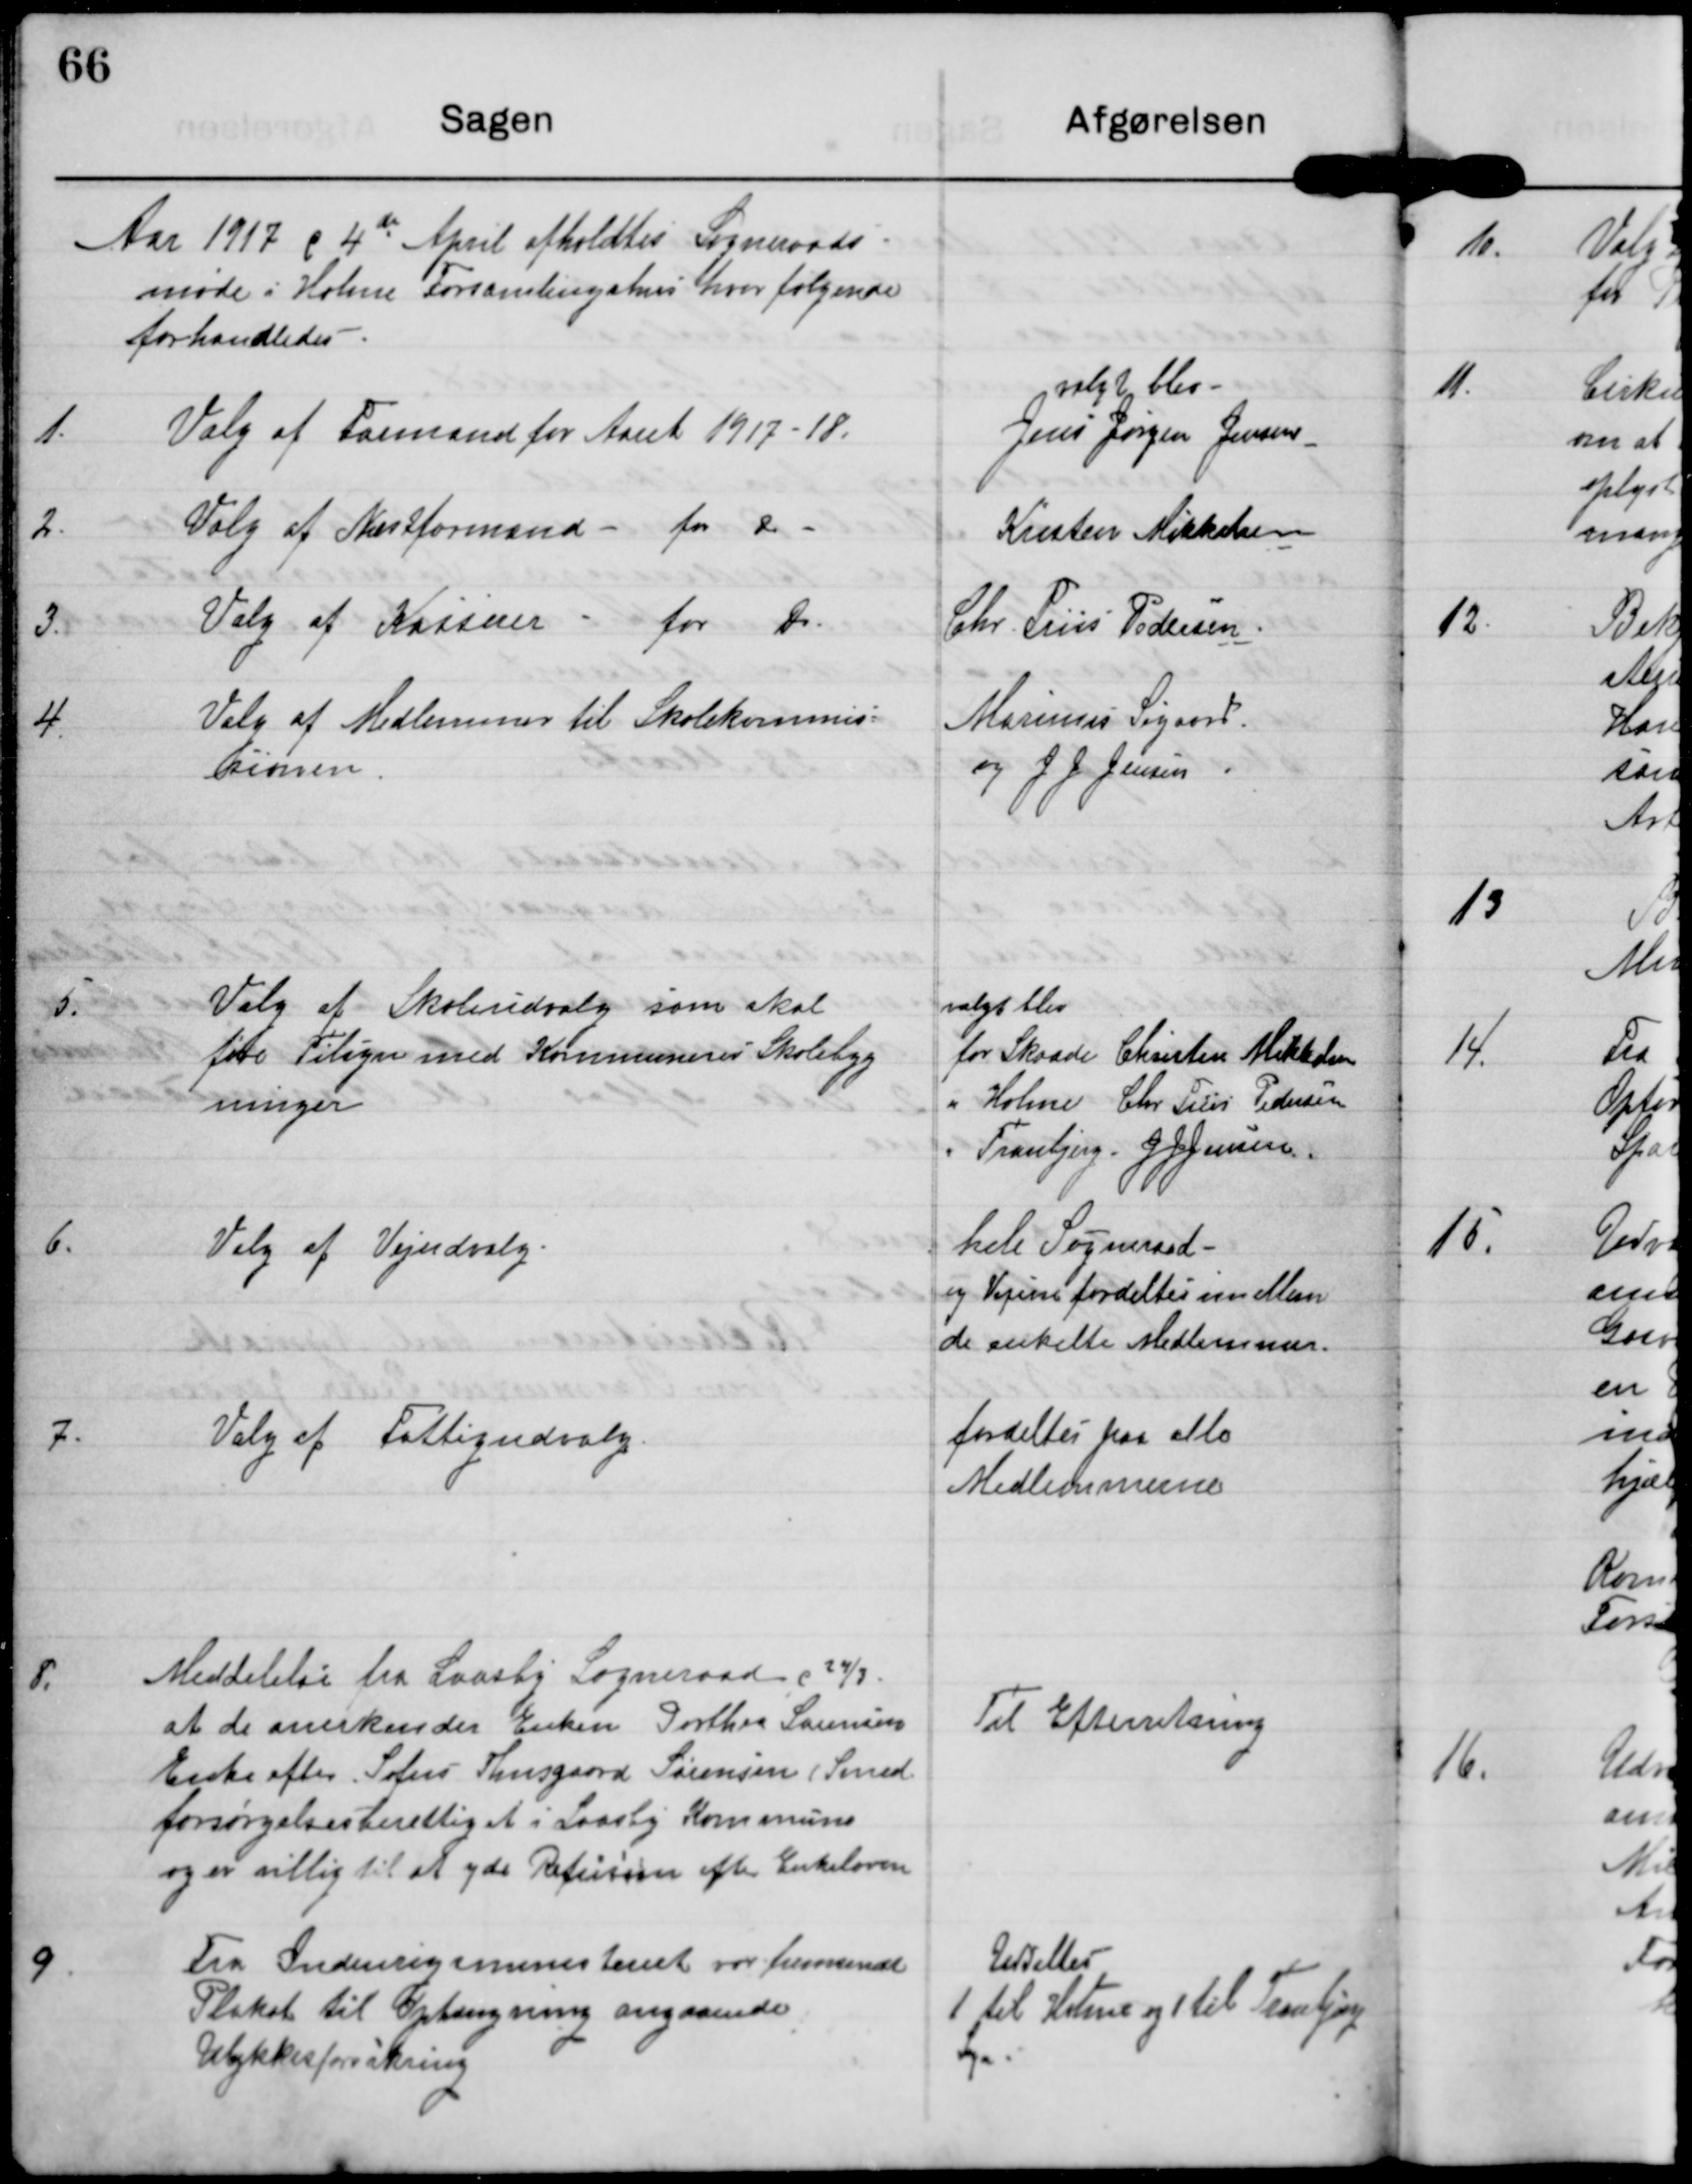
Transskription:
Aar 1917 d 4de April afholdtes Sogneraads-
møde i Holme Forsamlingshus hvor følgende
forhandledes

1. Valg af Formand for Aaret 1917-18.

valgt blev
Jens Jørgen Jensen

2. Valg af Næstformand - for do

Kirsten Mikkelsen

3. Valg af Kasserer - for do

Chr Friis Pedersen

4. Valg af Medlemmer til Skolekommis-
sionen

Marinus Søgaard
og J J Jensen

5. Valg af Skoleudvalg som skal
føre Tilsyn med Kommunens Skolebyg
ninger

valgt blev
for Skaade Christen Mikkelsen
for Holme Chr Friis Pedersen
for Tranbjerg J J Jensen

6. Valg af Vejudvalg

hele Sogneraad
og Vejene fordeltes imellem
de enkelte medlemmer.

7. Valg af Fattigudvalg

fordeltes paa alle
Medlemmerne

8. Meddelelse fra Laasby Sogneraad c 24/3
at de anerkender Enken Dorthea Sørensen
Enke efter Sofus Thusgaard Sørensen (Smed
forsørgelsesberettiget i Laasby Kommune
og er villig til at yde Refusion efter Enkeloven

Til Efterretning

9 Fra Indenrigsministeriet var fremsendt
Plakat til Ophængning angaaende
Ulykkesforsikring

Uddeltes
1 til Holme og 1 til Tranbjerg
Sogn